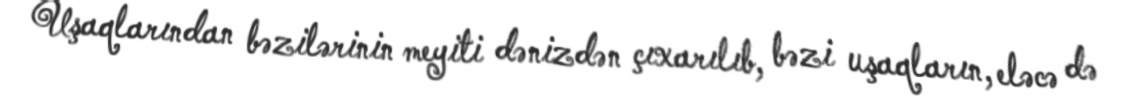
Uşaqlarından bəzilərinin meyiti dənizdən çıxarılıb, bəzi uşaqların, eləcə də